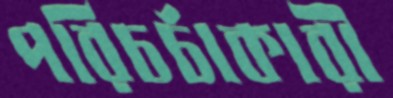
পরিচর্চাকারী